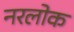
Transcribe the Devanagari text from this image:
नरलोक